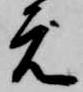
元